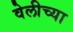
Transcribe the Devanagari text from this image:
वेलीच्या